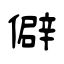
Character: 僻